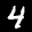
Label: 4